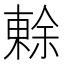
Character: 𭫧